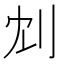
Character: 𠛌